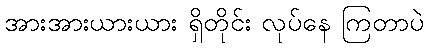
အားအားယားယား ရှိတိုင်း လုပ်နေ ကြတာပဲ